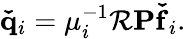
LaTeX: \mathbf{\check{q}}_{i}=\mu_{i}^{-1}\mathbf{\mathcal{R}P\check{f}}_{i}.